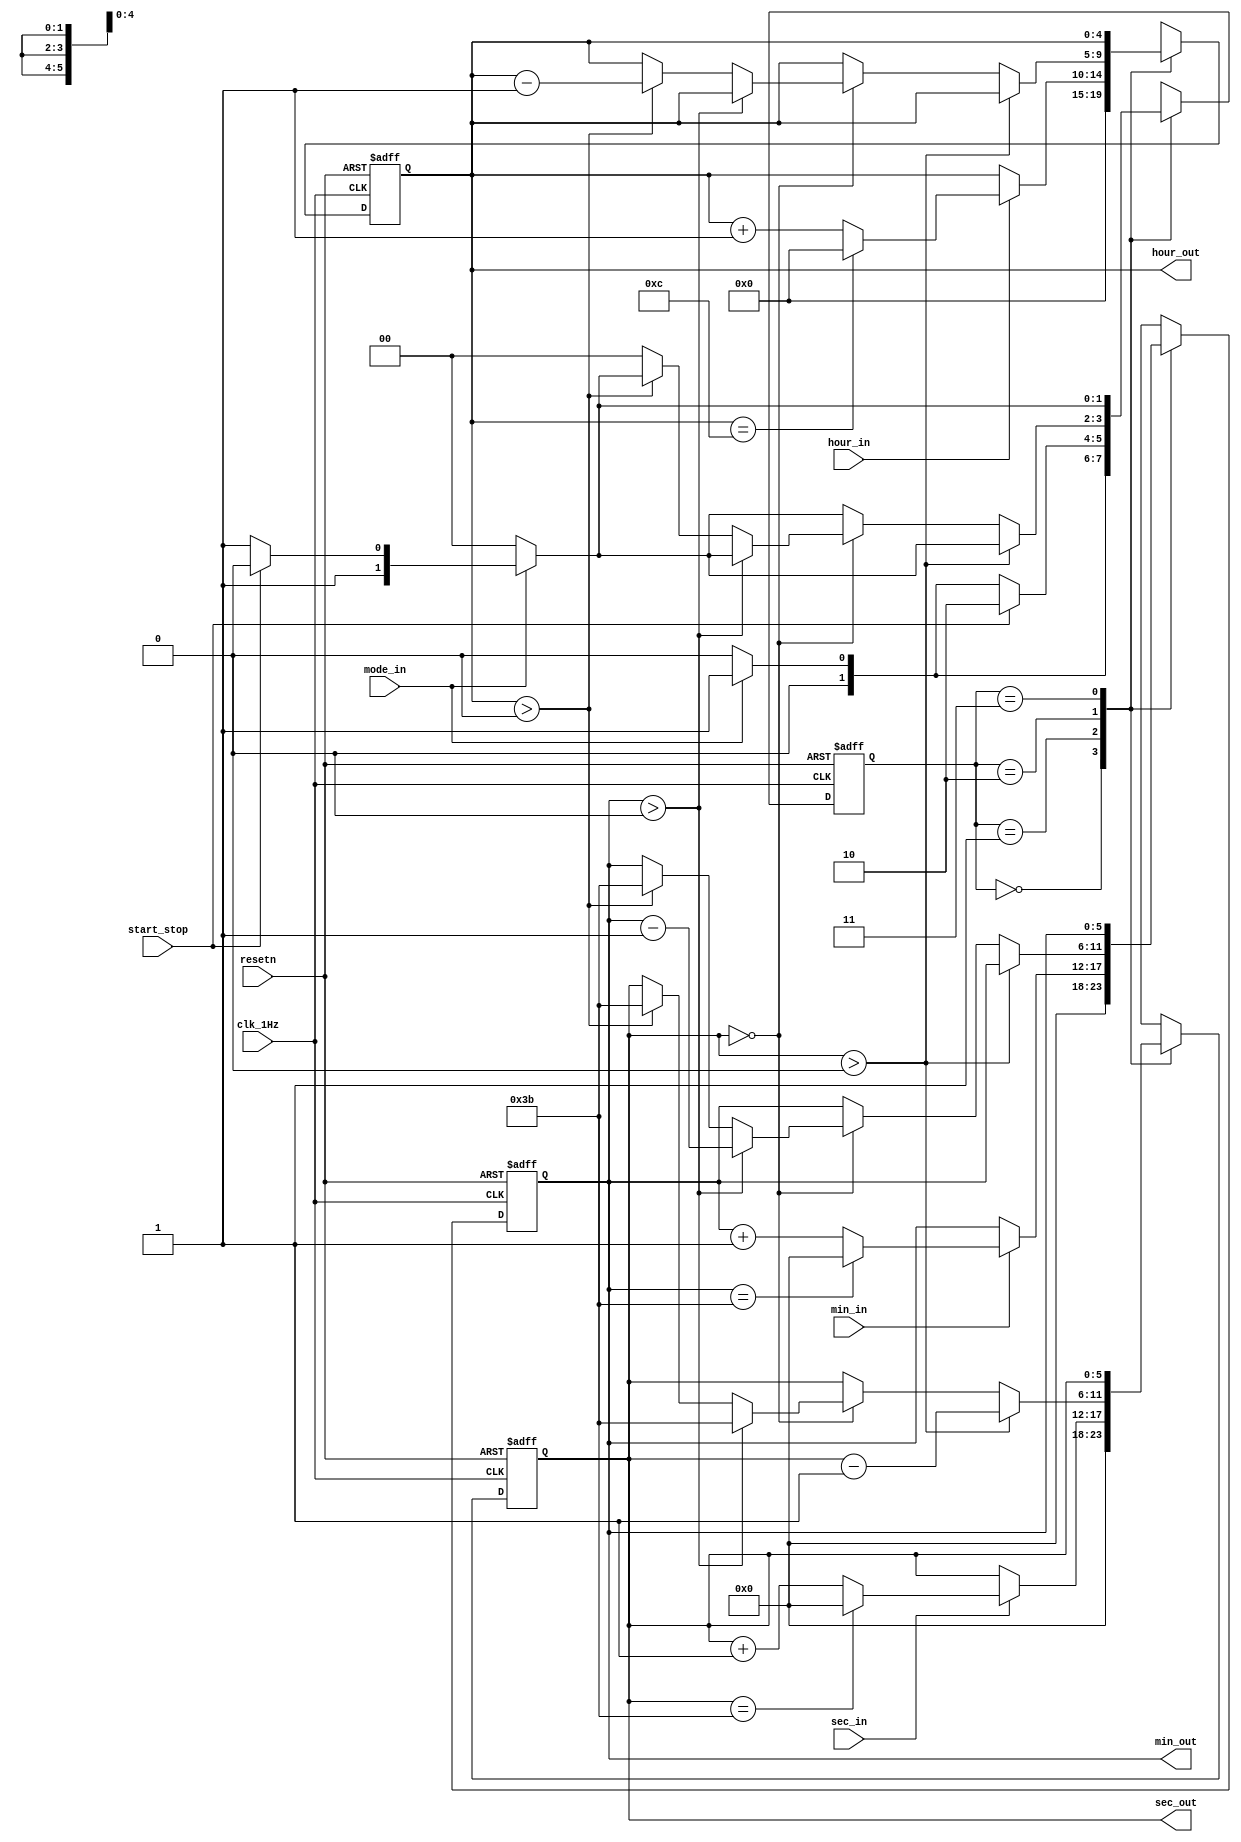
`timescale 1ns / 1ps
//////////////////////////////////////////////////////////////////////////////////
// Company: 
// Engineer: 
// 
// Design Name: 
// Module Name: timer_1
// Project Name: 
// Target Devices: 
// Tool Versions: 
// Description: 
// 
// Dependencies: 
// 
// Revision:
// Revision 0.01 - File Created
// Additional Comments:
// 
//////////////////////////////////////////////////////////////////////////////////


module timer_1(
    input clk_1Hz, // from clock divider
    input start_stop, // switch
    input mode_in, // switch
    input hour_in, // from debouncer
    input min_in, // from debouncer
    input sec_in, // from debouncer
    input resetn, // active low (red)
    output [4:0] hour_out, 
    output [5:0] min_out, sec_out
    );
    
    localparam [1:0]
        STATE_IDLE = 2'b00,
        STATE_INPUT = 2'b01,
        STATE_COUNTDOWN = 2'b10,
        STATE_PAUSE = 2'b11;
        
    reg [1:0] state_reg, state_next;
    reg [4:0] hour_value_reg, hour_value_next; // goes up to 12 and 24
    reg [5:0] sec_value_reg, sec_value_next, min_value_reg, min_value_next; // goes up to 59
    // reg x_reg, x_next, y_reg, y_next;
    
    assign hour_out = hour_value_reg; // assigning reg to outputs
    assign min_out = min_value_reg;
    assign sec_out = sec_value_reg;
    
    always@(posedge clk_1Hz or negedge resetn) begin
        if (!resetn) begin
            state_reg <= STATE_IDLE;
            hour_value_reg <= 0;
            min_value_reg <= 0;
            sec_value_reg <= 0;
            //x_reg <= 0;
            //y_reg <= 0;
        end else begin 
            state_reg <= state_next;
            hour_value_reg <= hour_value_next;
            min_value_reg <= min_value_next;
            sec_value_reg <= sec_value_next;
            //x_reg <= x_next;
            //y_reg <= y_next;
        end
    end 
    
    always@(*) begin
        state_next = state_reg; // required for when no case statement is satisfied
        //x_next = 0;     // to hardcode x to this value if it is not assigned a value in a certain state
        //y_next = y_reg; // to remember the value of y  
        hour_value_next = hour_value_reg;
        min_value_next = min_value_reg;
        sec_value_next = sec_value_reg;
        
        case(state_reg) 
            STATE_IDLE:
            begin 
                state_next = STATE_IDLE;
                hour_value_next = 0;
                min_value_next = 0;
                sec_value_next = 0; // idle state values
                if (mode_in) begin // if mode_in == 1 (input mode) - has priority over first statement
                    state_next = STATE_INPUT;
                    //y_next = 1;
                end
            end
            STATE_INPUT:
            begin
                state_next = STATE_INPUT;   
                if (start_stop) begin
                    state_next = STATE_COUNTDOWN; // timer starts
                end else if (!mode_in) begin
                    state_next = STATE_IDLE; // reset
                end
                   
                if (hour_in) begin
                    hour_value_next = hour_value_reg + 1;
                    if (hour_value_reg == 12) begin // for 12 hour timer
                        hour_value_next = 0;
                    end
                end
                
                if (min_in) begin
                    min_value_next = min_value_reg + 1;
                    if (min_value_reg == 59) begin
                        min_value_next = 0;
                            if (hour_value_reg == 12) begin // limit for 12 hour timer - incrementing min does not work if hour is at 12
                                min_value_next = 0;
                            end
                    end
                end
                
                if (sec_in) begin
                    sec_value_next = sec_value_reg + 1;
                    if (sec_value_reg == 59) begin
                        sec_value_next = 0;
                            if (hour_value_reg == 12) begin // for 12 hour timer
                                sec_value_next = 0;
                            end
                    end
                    //x_next = 1; 
                end
            end
            STATE_COUNTDOWN:
            begin
                state_next = STATE_COUNTDOWN;
                if (!mode_in) begin 
                    state_next = STATE_IDLE; // resets the timer
                end else if (!start_stop) begin
                    state_next = STATE_PAUSE;
                end
                
                if (sec_value_reg > 0) begin
                    sec_value_next = sec_value_reg - 1;
                end else if (sec_value_reg == 0) begin
                    if (min_value_reg > 0) begin
                        min_value_next = min_value_reg - 1;
                        sec_value_next = 6'd59;
                    end else begin // minute_value_reg == 0
                        if (hour_value_reg > 0) begin
                            hour_value_next = hour_value_reg - 1;
                            min_value_next = 6'd59;
                            sec_value_next = 6'd59;
                        end else begin
                            state_next = STATE_IDLE; // hour, minute and seconds are at 0 - return to idle state
                        end
                    end
                end 
                
                /* if (min_value_reg == 0) begin
                    if (sec_value_reg > 0) begin
                        sec_value_next = sec_value_reg - 1;
                    end else begin
                        if (hour_value_reg > 0) begin
                            hour_value_next = hour_value_reg - 1;
                            min_value_next = 6'd59;
                        end else begin
                            state_next = STATE_IDLE;
                        end
                    end 
                end 
                
                if (hour_value_reg == 0) begin
                    if (sec_value_reg > 0) begin
                        sec_value_next = sec_value_reg - 1;
                    end else begin
                        if (min_value_reg > 0) begin
                            min_value_next = min_value_reg - 1;
                            sec_value_next = 6'd59;
                        end else begin 
                            state_next = STATE_IDLE;
                        end
                    end
                end */ // not sure if these are necessary
            end
            STATE_PAUSE:
            begin
                state_next = STATE_PAUSE;
                sec_value_next = sec_value_reg;
                min_value_next = min_value_reg;
                hour_value_next = hour_value_reg;
                
                if (!mode_in) begin
                    state_next = STATE_IDLE;
                end else if (start_stop) begin
                    state_next = STATE_COUNTDOWN;
                end
            end
        endcase
    end
        
endmodule